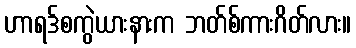
ဟာရဒ်စကွဲယားနားက ဘတ်စ်ကားဂိတ်လား။